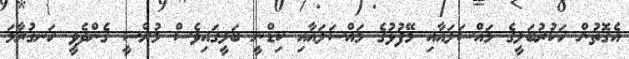
އެގޮތުން ހަކުރުބަލީގެ މައްސަލައާއި މޭފުޅުގެ މައްސަލައާއި ކިޑްނީ ބަލީގައިވެސް މުރްސީ ގެންދެވީ ހަނގުރާމަ